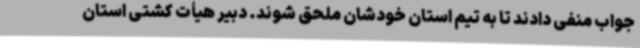
جواب منفی دادند تا به تیم استان خودشان ملحق شوند. دبیر هیأت کشتی استان